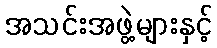
အသင်းအဖွဲ့များနှင့်